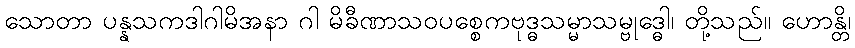
သောတာ ပန္နသကဒါဂါမိအနာ ဂါ မိခီဏာသဝပစ္စေကဗုဒ္ဓသမ္မာသမ္ဗုဒ္ဓေါ၊ တို့သည်။ ဟောန္တိ၊